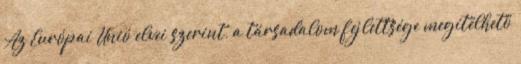
Az Európai Unió elvei szerint, a társadalom fejlettsége megítélhető